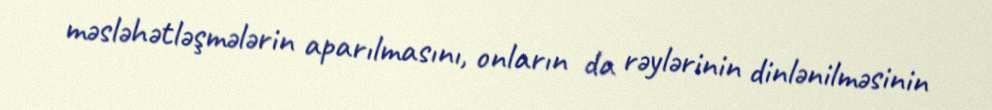
məsləhətləşmələrin aparılmasını, onların da rəylərinin dinlənilməsinin